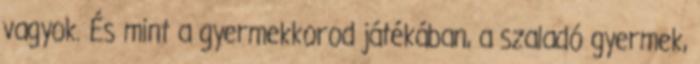
vagyok. És mint a gyermekkorod játékában, a szaladó gyermek,